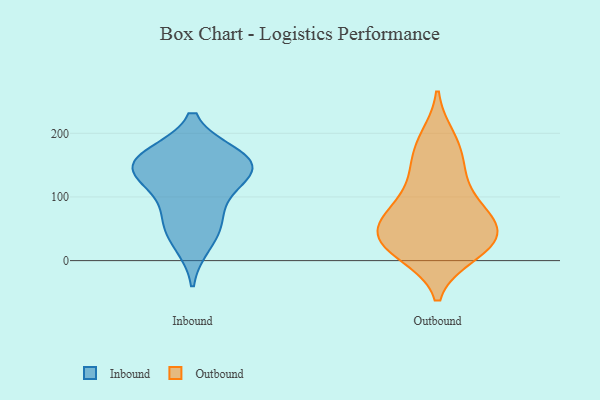
{"axis": {"x": "Production Output", "y": "Value"}, "legend": ["Inbound", "Outbound"], "data": [{"x": "", "y": 26, "type": "Inbound"}, {"x": "", "y": 65, "type": "Inbound"}, {"x": "", "y": 165, "type": "Inbound"}, {"x": "", "y": 155, "type": "Inbound"}, {"x": "", "y": 130, "type": "Inbound"}, {"x": "", "y": 148, "type": "Inbound"}, {"x": "", "y": 164, "type": "Inbound"}, {"x": "", "y": 59, "type": "Inbound"}, {"x": "", "y": 145, "type": "Inbound"}, {"x": "", "y": 112, "type": "Inbound"}, {"x": "", "y": 61, "type": "Outbound"}, {"x": "", "y": 11, "type": "Outbound"}, {"x": "", "y": 134, "type": "Outbound"}, {"x": "", "y": 148, "type": "Outbound"}, {"x": "", "y": 16, "type": "Outbound"}, {"x": "", "y": 180, "type": "Outbound"}, {"x": "", "y": 84, "type": "Outbound"}, {"x": "", "y": 56, "type": "Outbound"}, {"x": "", "y": 33, "type": "Outbound"}, {"x": "", "y": 51, "type": "Outbound"}, {"x": "", "y": 22, "type": "Outbound"}, {"x": "", "y": 100, "type": "Outbound"}, {"x": "", "y": 62, "type": "Outbound"}, {"x": "", "y": 27, "type": "Outbound"}, {"x": "", "y": 192, "type": "Outbound"}]}